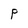
Character: P